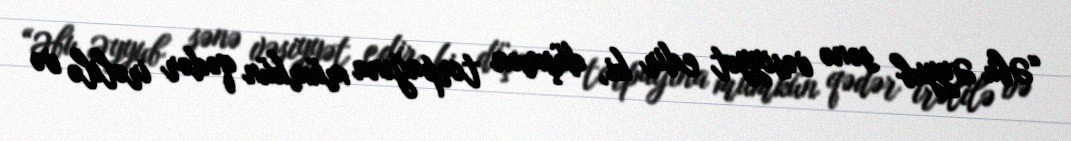
“Əbu Əyyub sənə vəsiyyət edir ki, düşmən torpağına mümkün qədər irəlilə və